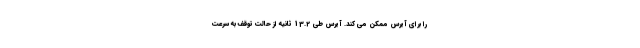
را برای آیرس ممکن می کند. آیرس طی 13.2 ثانیه از حالت توقف به سرعت